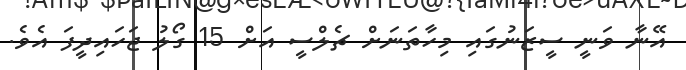
އޭނާ ވަނީ ސީޒަނުގައި މިހާތަނަށް ޗެލްސީ އަށް 15 ގޯލު ޖަހައިދީފަ އެވެ.